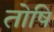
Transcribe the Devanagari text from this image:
तोषि